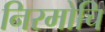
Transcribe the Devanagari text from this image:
निरमोचि